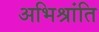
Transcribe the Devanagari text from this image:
अभिश्रांति